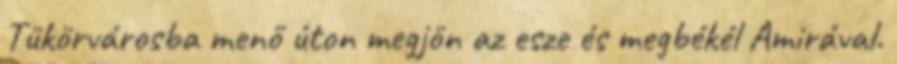
Tükörvárosba menő úton megjön az esze és megbékél Amirával.